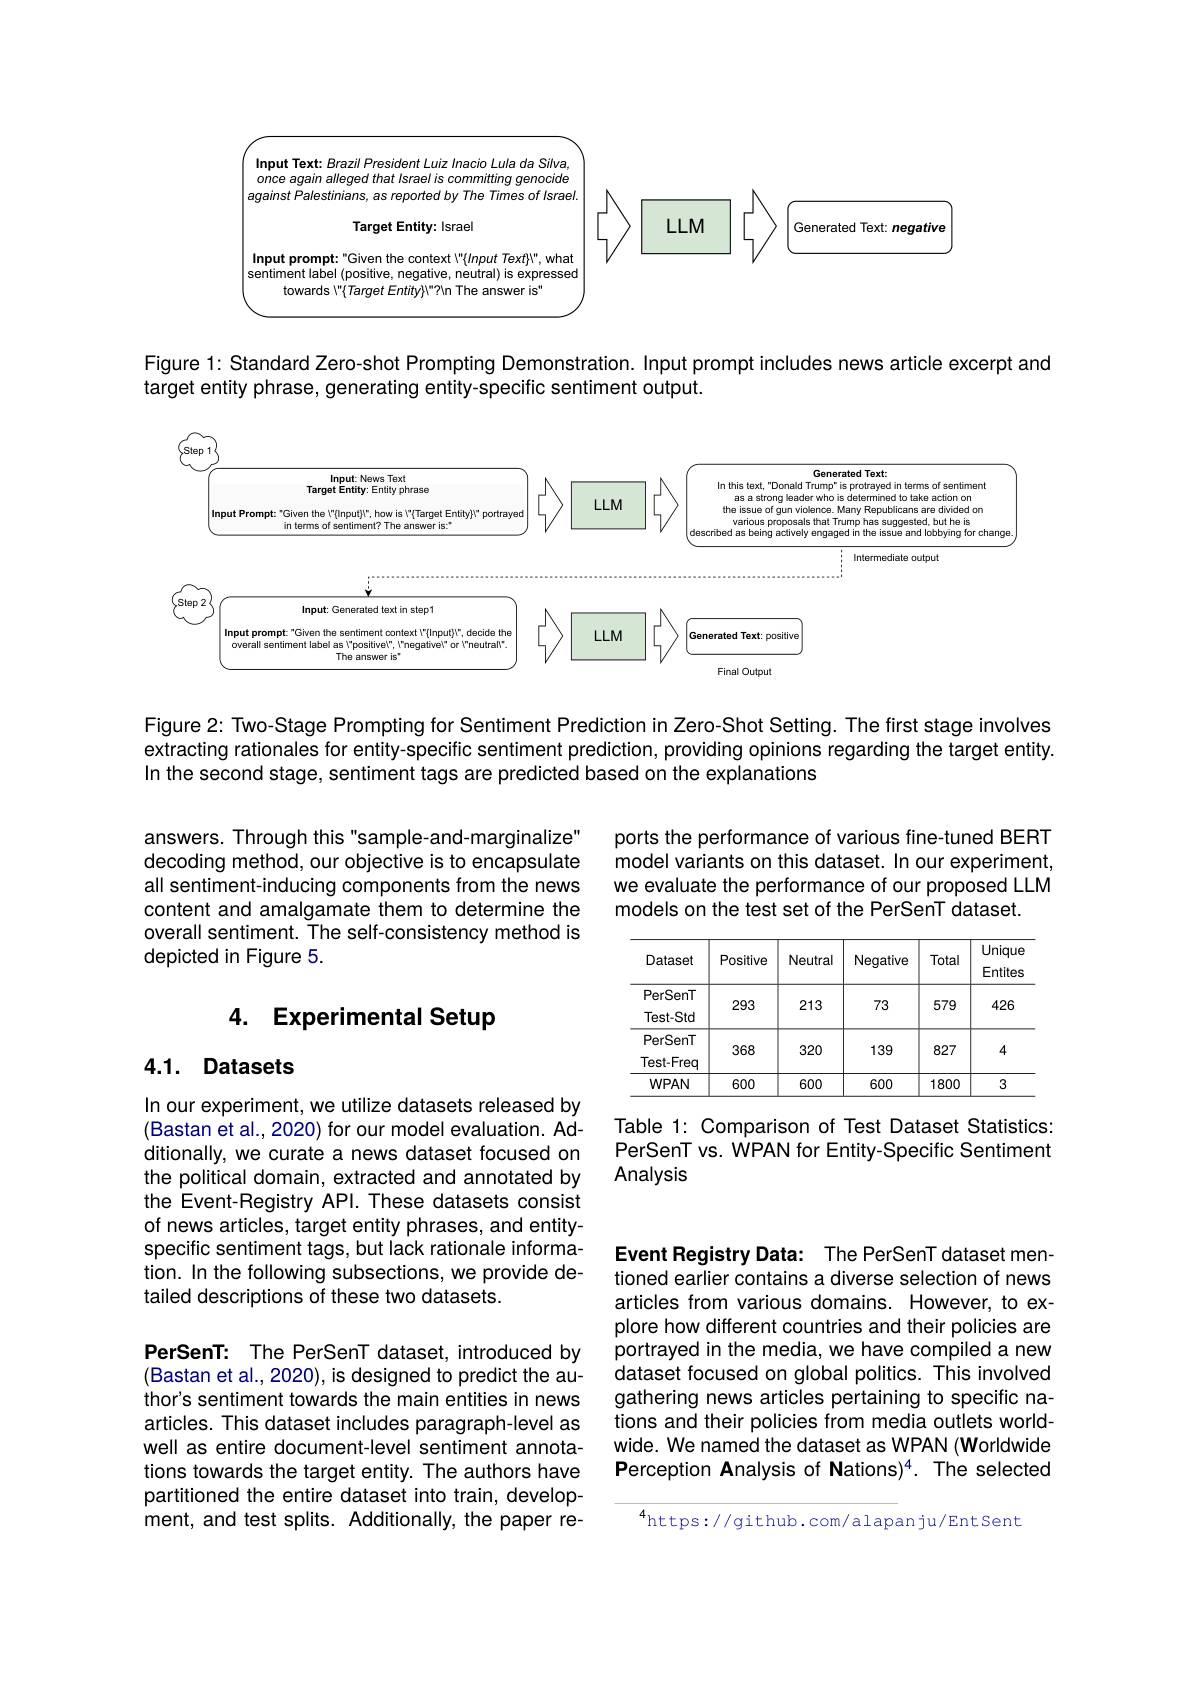
<FigureHere>

Figure 1: Standard Zero-shot Prompting Demonstration. Input prompt includes news article excerpt and
target entity phrase, generating entity-specific sentiment output.

<FigureHere>

Figure 2: Two-Stage Prompting for Sentiment Prediction in Zero-Shot Setting. The first stage involves extracting rationales for entity-specific sentiment prediction, providing opinions regarding the target entity. In the second stage, sentiment tags are predicted based on the explanations

ports the performance of various fine-tuned BERT model variants on this dataset. In our experiment, we evaluate the performance of our proposed LLM models on the test set of the PerSenT dataset.

answers. Through this "sample-and-marginalize" decoding method, our objective is to encapsulate all sentiment-inducing components from the news content and amalgamate them to determine the overall sentiment. The self-consistency method is depicted in Figure 5.

## 4. Experimental Setup

<table>
	<tbody>
		<tr>
			<th>Dataset</th>
			<th>Positive</th>
			<th>Neutral</th>
			<th>Negative</th>
			<th>Total</th>
			<th>Unique Entites</th>
		</tr>
		<tr>
			<td>PerSenT Test-Std</td>
			<td>293</td>
			<td>213</td>
			<td>73</td>
			<td>579</td>
			<td>426</td>
		</tr>
		<tr>
			<td>WPAN</td>
			<td>600</td>
			<td>600</td>
			<td>600</td>
			<td>1800</td>
			<td>3</td>
		</tr>
	</tbody>
</table>

## 4.1. Datasets

Table 1: Comparison of Test Dataset Statistics: PerSenT vs. WPAN for Entity-Specific Sentiment Analysis

In our experiment, we utilize datasets released by (Bastan et al., 2020) for our model evaluation. Additionally, we curate a news dataset focused on the political domain, extracted and annotated by the Event-Registry APl. These datasets consist of news articles, target entity phrases, and entityspecific sentiment tags, but lack rationale information. In the following subsections, we provide detailed descriptions of these two datasets.

Event Registry Data: The PerSenT dataset mentioned earlier contains a diverse selection of news articles from various domains. However, to explore how different countries and their policies are portrayed in the media, we have compiled a new dataset focused on global politics. This involved gathering news articles pertaining to specific nations and their policies from media outlets worldwide. We named the dataset as WPAN (Worldwide Perception Analysis of Nations)$^4.$ The selected

PerSenT: The PerSenT dataset, introduced by (Bastan et al., 2020), is designed to predict the author's sentiment towards the main entities in news articles. This dataset includes paragraph-level as well as entire document-level sentiment annotations towards the target entity. The authors have partitioned the entire dataset into train, development, and test splits. Additionally, the paper re-

$^{4}$https://github.com/alapanju/EntSent